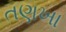
તણખા